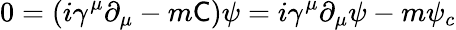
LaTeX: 0=(i\gamma^{\mu}\partial_{\mu}-m{\mathsf{C}})\psi=i\gamma^{\mu}\partial_{\mu}\psi-m\psi_{c}